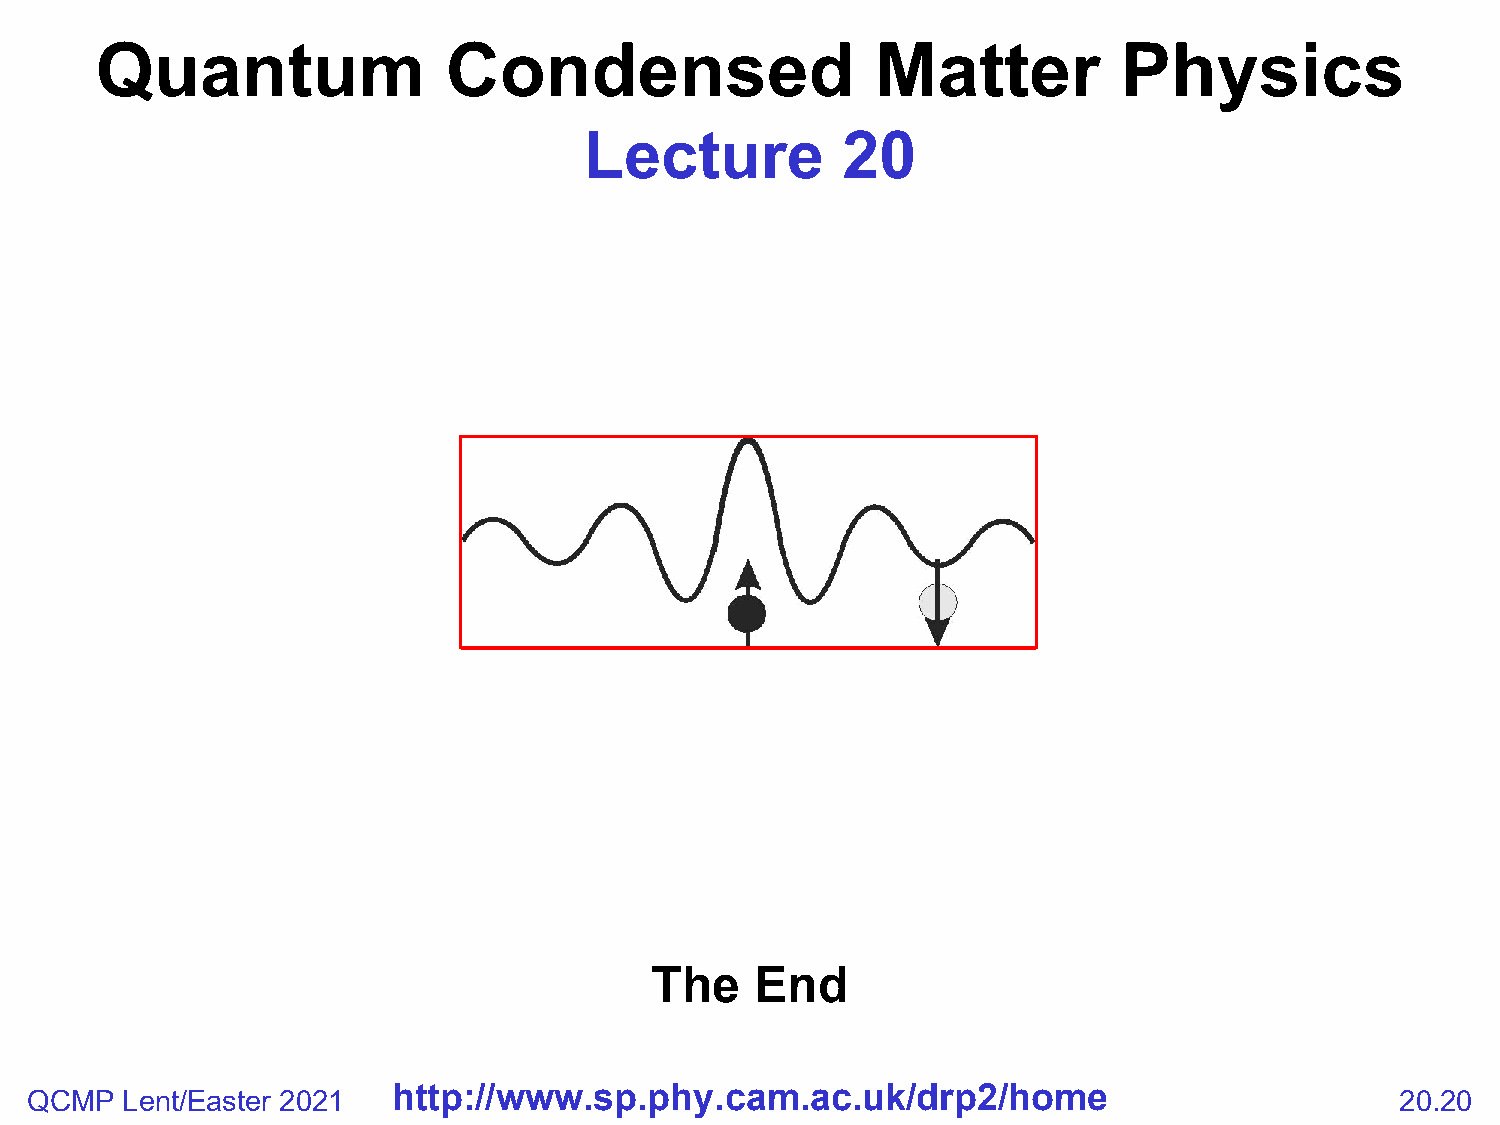
Quantum                 Condensed                   Matter          Physics
 Lecture          20
 The    End
 QCMP  Lent/Easter 2021  http://www.sp.phy.cam.ac.uk/drp2/home                              20.20